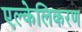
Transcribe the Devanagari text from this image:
एल्केलिकरण